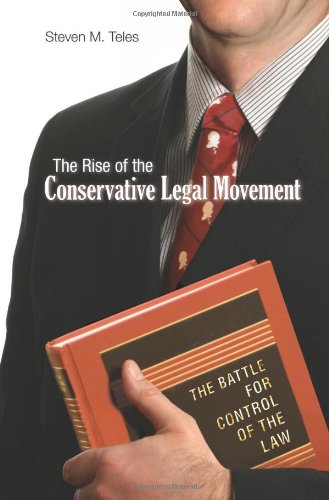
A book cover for The Rise of the Conservative Legal Movement: The Battle for Control of the Law (Princeton Studies in American Politics: Historical, International, and Comparative Perspectives); Steven M. Teles; Law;